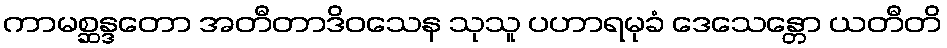
ကာမစ္ဆန္ဒတော အတီတာဒိဝသေန သုသူ ပဟာရမုခံ ဒေသေန္တော ယတီတိ